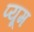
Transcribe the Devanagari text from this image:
प्यूम